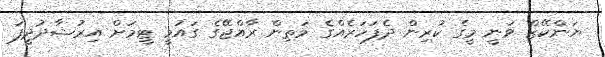
ޔަންކޭޒް ވަނީ މީގެ ކުރިން ދެފަހަރެއްގެ މަތިން ރާއްޖޭގެ ގައުމީ ޓީމަށް އިރުޝާދުދީފަ